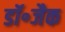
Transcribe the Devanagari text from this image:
डॉ॰जैक